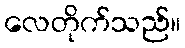
လေတိုက်သည်။